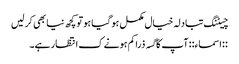
چیٹنگ تبادلہ خیال مکمل ہو گیا ہو تو کچھ نیا بھی کر لیں
::اسماء:: آپ کا گسہ ذرا کم ہونے ک انتظار ہے۔